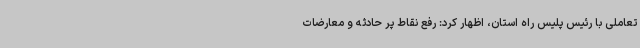
تعاملی با رئیس پلیس راه استان، اظهار کرد: رفع نقاط پر حادثه و معارضات